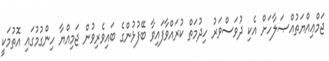
ޖަމްޢިއްޔަތުއްޞަލާހަށް އެކި ދުވަސްވަރު ހިދުމަތް ކުރައްވާފައިވާ ބޭފުޅުންގެ ބައިވެރިވުން ޖަމިއްޔާ ހިންގުމުގައި އޮތުމަކީ